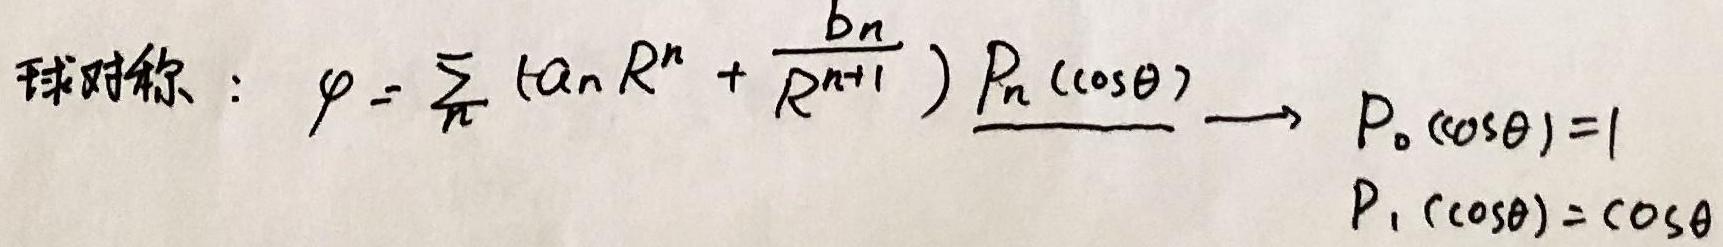
球对称：$\varphi = \sum_{n} \left(a_{n} R^{n}+\frac{b_{n}}{R^{n + 1}}\right) P_{n}(\cos\theta) \longrightarrow P_{0}(\cos\theta)=1$ $P_{1}(\cos\theta)=\cos\theta$